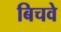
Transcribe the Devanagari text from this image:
बिचवे